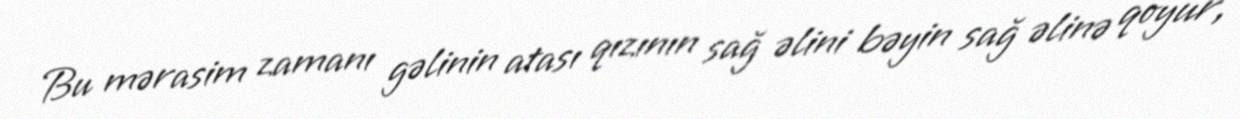
Bu mərasim zamanı gəlinin atası qızının sağ əlini bəyin sağ əlinə qoyur,